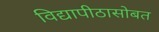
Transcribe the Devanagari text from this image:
विद्यापीठासोबत